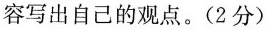
容写出自己的观点。(2分)